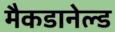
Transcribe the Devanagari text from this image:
मैकडानेल्ड